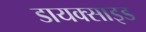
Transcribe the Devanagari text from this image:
डायक्साइड